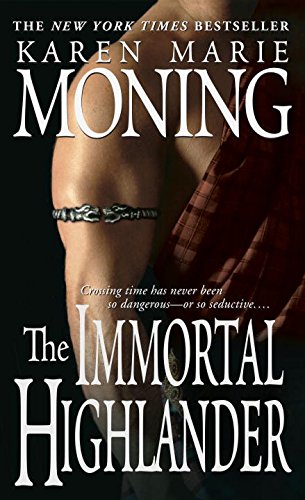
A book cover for The Immortal Highlander (The Highlander Series, Book 6); Karen Marie Moning; Romance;